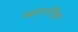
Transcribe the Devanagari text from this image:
खड़गसिंह